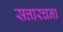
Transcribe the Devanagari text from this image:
सत्तारचना